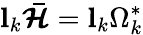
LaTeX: \mathbf{l}_{k}\boldsymbol{\mathcal{\bar{H}}}=\mathbf{l}_{k}\Omega_{k}^{*}